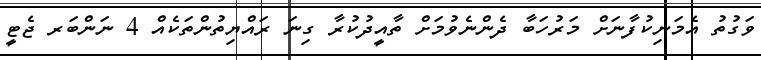
ވަގުތު އެމަނިކުފާނަށް މަރުހަބާ ދެންނެވުމަށް ތާއީދުކުރާ ގިނަ ރައްޔިތުންތަކެއް 4 ނަންބަރ ޖެޓީ